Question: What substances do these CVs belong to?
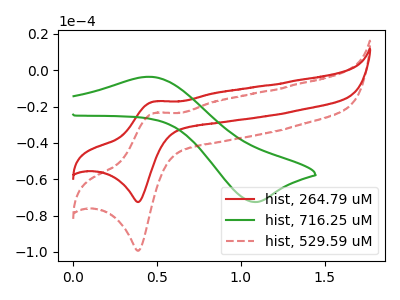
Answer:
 <answer>The red curve is labeled "hist, 264.79 uM". The green curve is labeled "hist, 716.25 uM". The red dashed curve is labeled "hist, 529.59 uM".</answer>
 <eval></eval>